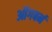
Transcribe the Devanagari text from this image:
ऑगबर्न